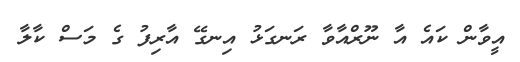
އީވާން ކައެ އާ ނޫރްއާވާ ރަނގަޅު އިނގޭ އާރިފު ގެ މަސް ކާލާ